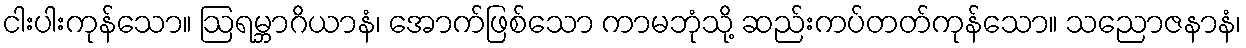
ငါးပါးကုန်သော။ ဩရမ္ဘာဂိယာနံ၊ အောက်ဖြစ်သော ကာမဘုံသို့ ဆည်းကပ်တတ်ကုန်သော။ သညောဇနာနံ၊